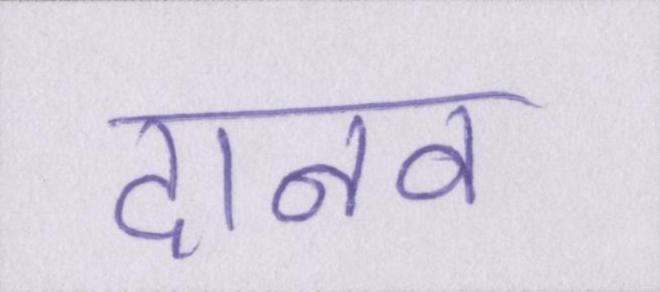
दानव